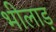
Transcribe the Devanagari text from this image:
भीलाड़